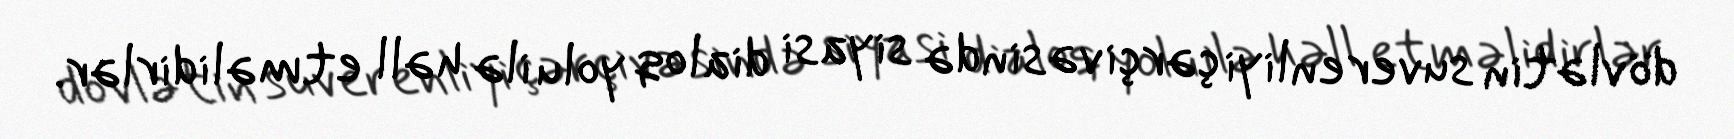
dövlətin suverenliyi çərçivəsində siyasi dialoq yolu ilə həll etməlidirlər.